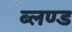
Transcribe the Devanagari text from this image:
ब्लण्ड